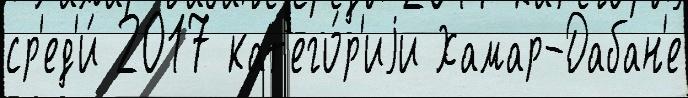
ср'ед'и́ 2017 кат'его́р'иjи Хамар-Дабан'е